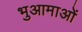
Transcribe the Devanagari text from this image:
भुआमाओं